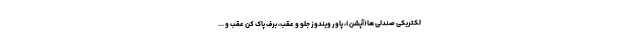
لکتریکی صندلی ها(آپشن)، پاور ویندوز جلو و عقب، برف پاک کن عقب و ...